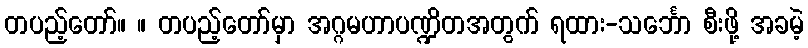
တပည့်တော်။ ။ တပည့်တော်မှာ အဂ္ဂမဟာပဏ္ဍိတအတွက် ရထား-သင်္ဘော စီးဖို့ အခမဲ့